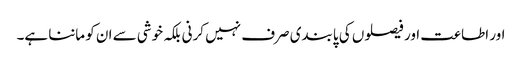
اور اطاعت اور فیصلوں کی پابندی صرف نہیں کرنی بلکہ خوشی سے ان کو ماننا ہے۔